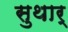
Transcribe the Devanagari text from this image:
सुथार्